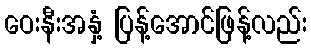
ဝေးနီးအနှံ့ ပြန့်အောင်ဖြန့်လည်း